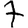
Digit: 7